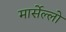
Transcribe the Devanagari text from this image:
मार्सेल्लो